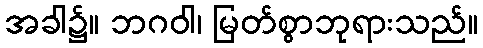
အခါ၌။ ဘဂဝါ၊ မြတ်စွာဘုရားသည်။